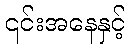
၎င်းအနေနှင့်